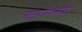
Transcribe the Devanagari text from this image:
कारंभक